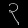
Digit: ၃